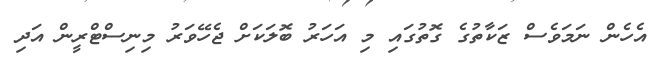
އެހެން ނަމަވެސް ޒަކާތުގެ ގޮތުގައި މި އަހަރު ބޮލަކަށް ޖެހޭވަރު މިނިސްޓްރީން އަދި